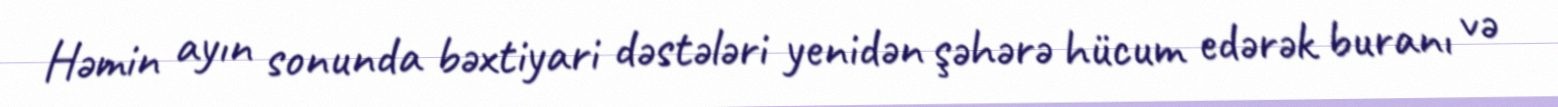
Həmin ayın sonunda bəxtiyari dəstələri yenidən şəhərə hücum edərək buranı və